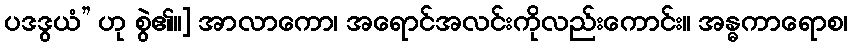
ပဒဒွယံ” ဟု စွဲ၏။] အာလာကော၊ အရောင်အလင်းကိုလည်းကောင်း။ အန္ဓကာရောစ၊